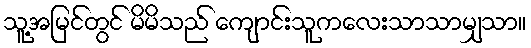
သူ့အမြင်တွင် မိမိသည် ကျောင်းသူကလေးသာသာမျှသာ။